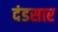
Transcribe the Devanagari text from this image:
दंडसार